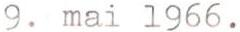
9. mai 1966.